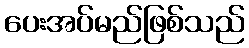
ပေးအပ်မည်ဖြစ်သည်